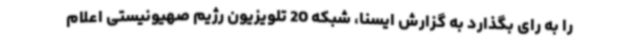
را به رای بگذارد به گزارش ایسنا، شبکه 20 تلویزیون رژیم صهیونیستی اعلام